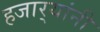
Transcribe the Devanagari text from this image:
हजार्‍यांनी